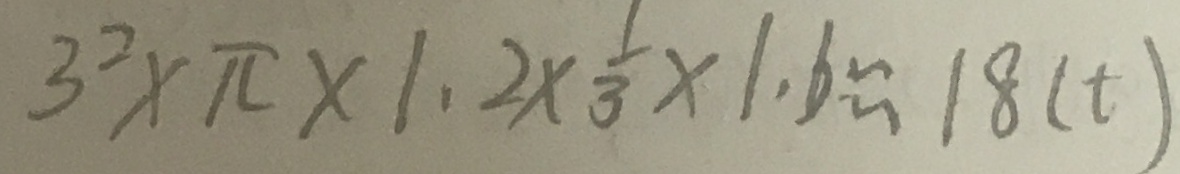
3 ^ { 2 } \times \pi \times 1 . 2 \times \frac { 1 } { 3 } \times 1 . 6 \approx 1 8 ( t )